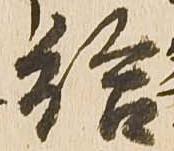
給